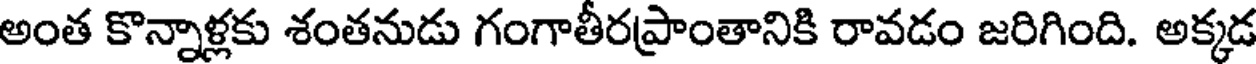
అంత కొన్నాళ్లకు శంతనుడు గంగాతీరప్రాంతానికి రావడం జరిగింది. అక్కడ